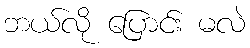
ဘယ်လို ပြောင်း မလဲ